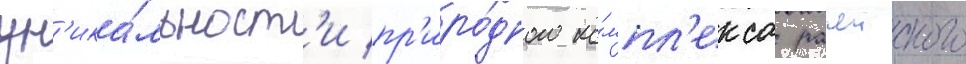
ун'ика́льност'и пр'иро́дного ко́мпл'екса рачеиского